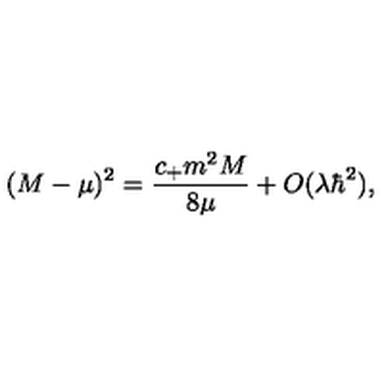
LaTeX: ( M - \mu ) ^ { 2 } = \frac { c _ { + } m ^ { 2 } M } { 8 \mu } + O ( \lambda \hbar ^ { 2 } ) ,